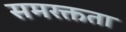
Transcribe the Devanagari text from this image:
समरक्तता